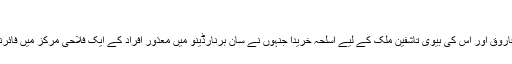
"
مارخیز نے قانونی طریقے سے رضوان فاروق اور اس کی بیوی تاشفین ملک کے لیے اسلحہ خریدا جنہوں نے سان برنارڈینو میں معذور افراد کے ایک فلاحی مرکز میں فائرنگ کر کے 14 افراد کو ہلاک کر دیا تھا۔